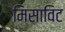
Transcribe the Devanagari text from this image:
मिसाविट